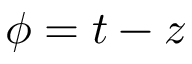
\phi = t - z